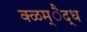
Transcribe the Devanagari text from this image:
क्ळम्ैद्ध